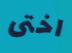
اختى